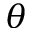
\theta